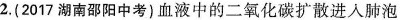
2. ( 2017湖南邵阳中考) 血液中的二氧化碳扩散进入肺泡